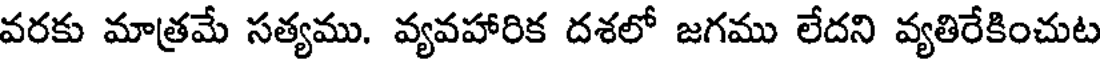
వరకు మాత్రమే సత్యము. వ్యవహారిక దశలో జగము లేదని వ్యతిరేకించుట